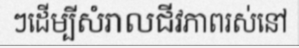
ៗដើម្បីសំរាលជីវភាពរស់នៅ